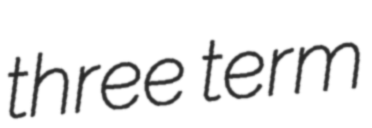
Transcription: three term